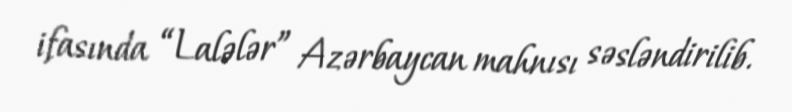
ifasında “Lalələr” Azərbaycan mahnısı səsləndirilib.